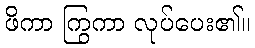
ဖိကာ ကြွကာ လုပ်ပေး၏။